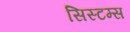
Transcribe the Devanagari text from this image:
सिस्टम्स